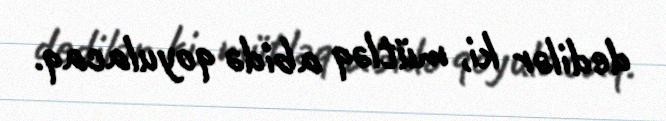
dedilər ki, mütləq abidə qoyulacaq.